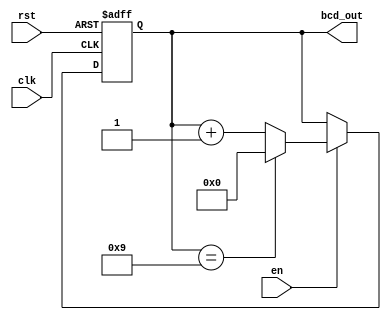
module bcd_counter (
    input wire clk,      // Clock signal
    input wire rst,      // Asynchronous reset signal
    input wire en,       // Enable signal
    output reg [3:0] bcd_out // 4-bit BCD output
);

    // Always block for synchronous logic
    always @(posedge clk or posedge rst) begin
        if (rst) begin
            // Reset the counter to 0000
            bcd_out <= 4'b0000;
        end else if (en) begin
            // Increment the counter if enabled
            if (bcd_out == 4'b1001) begin
                // If counter is 9 (1001), reset to 0
                bcd_out <= 4'b0000;
            end else begin
                // Otherwise, increment the counter
                bcd_out <= bcd_out + 1;
            end
        end
    end

endmodule